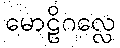
မောဠိဂလ္လေ